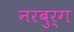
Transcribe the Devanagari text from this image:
नरबुर्ग